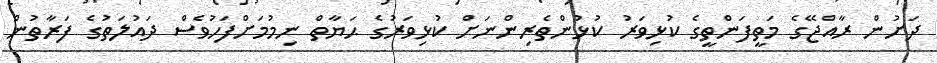
ދަށުން ރާއްޖޭގެ މަތީފަންތީގެ ކުޅިވަރު ކުޅުންތެރިންނަށް ކުޅިވަރުގެ ޙަޔާތް ނިމުމަށްފަހުވެސް ދައުލަތުގެ ފަރާތުން